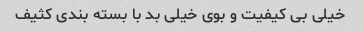
خیلی بی کیفیت و بوی خیلی بد با بسته بندی کثیف